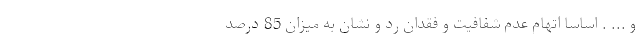
و ... . اساساً اتهام عدم شفافيت و فقدان رد و نشان به ميزان 85 درصد